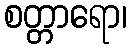
စတ္တာရော၊